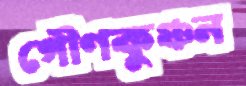
গৌণকুঞ্চন